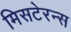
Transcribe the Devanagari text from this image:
मिसटेरन्स